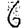
Digit: 6